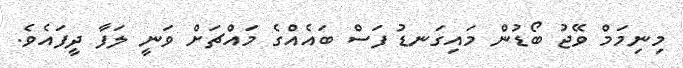
މިނިމަމް ވޭޖު ބޯޑުން މައިގަނޑު ފަސް ބައެއްގެ މައްޗަށް ވަނީ ލަފާ ދީފައެވެ.